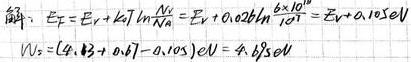
解: $E_T = E_V + kT\ln\frac{N_c}{N_v}=E_V + 0.026\ln\frac{8\times10^{18}}{N_v}=E_V + 0.105eV$
$W_s=(4.83 + 0.67 - 0.105)eV = 4.895eV$